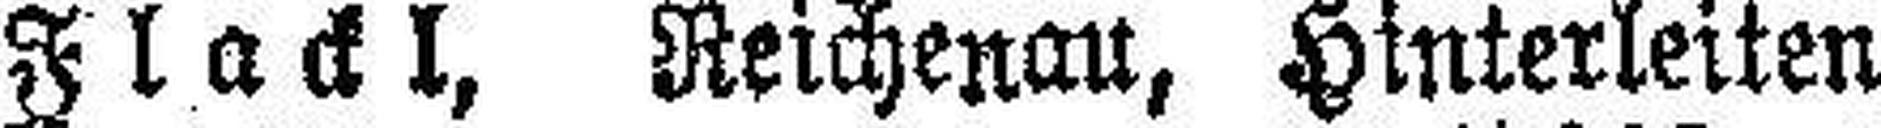
Flackl, Reichenau, Hinterleiten